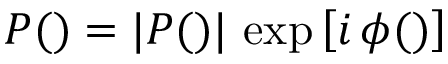
P ( \v u ) = | P ( \v u ) | \, \exp \left[ i \, \phi ( \v u ) \right]